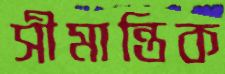
সীমান্তিক